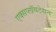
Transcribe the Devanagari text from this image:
एक्सप्लॉयटेशन